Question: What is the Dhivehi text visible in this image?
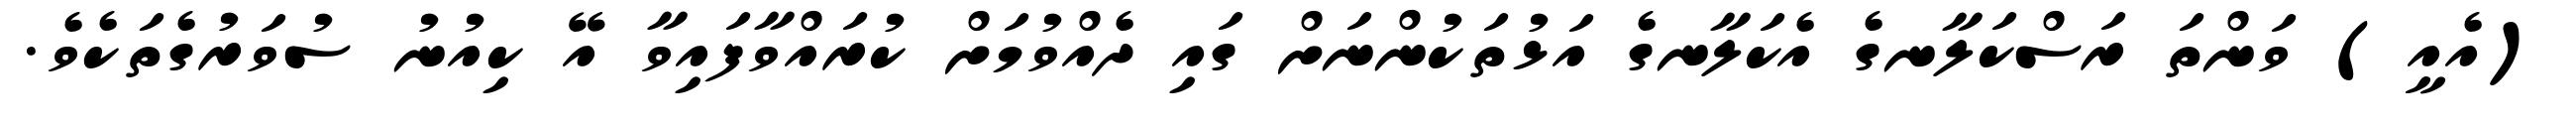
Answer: (އެއީ) ވަންތަ ރަސްކަލާނގެ އެކަލާނގެ އަޅުތަކުންނަށް ގައި ދެއްވުމަށް ކުރައްވާފައިވާ އޭ ކިއުނު ސުވަރުގެތަކެވެ.